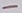
Text: -